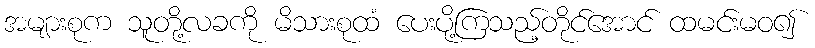
အများစုက သူတို့လခကို မိသားစုထံ ပေးပို့ကြသည့်တိုင်အောင် ထမင်းမဝ၍